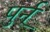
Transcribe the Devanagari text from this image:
पुर्न्